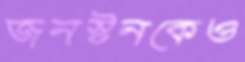
জনস্টনকেও